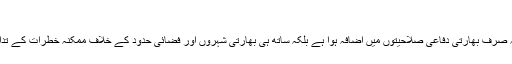
‘‘
بیان کے مطابق اس نئے میزائل کے کامیاب تجربے کے ساتھ نہ صرف بھارتی دفاعی صلاحیتوں میں اضافہ ہوا ہے بلکہ ساتھ ہی بھارتی شہروں اور فضائی حدود کے خلاف ممکنہ خطرات کے تدارک کے حوالے سے بھی ایک اہم سنگ میل عبور کر لیا گیا ہے۔